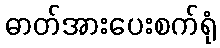
ဓာတ်အားပေးစက်ရုံ